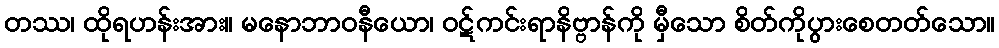
တဿ၊ ထိုရဟန်းအား။ မနောဘာဝနီယော၊ ဝဋ်ကင်းရာနိဗ္ဗာန်ကို မှီသော စိတ်ကိုပွားစေတတ်သော။